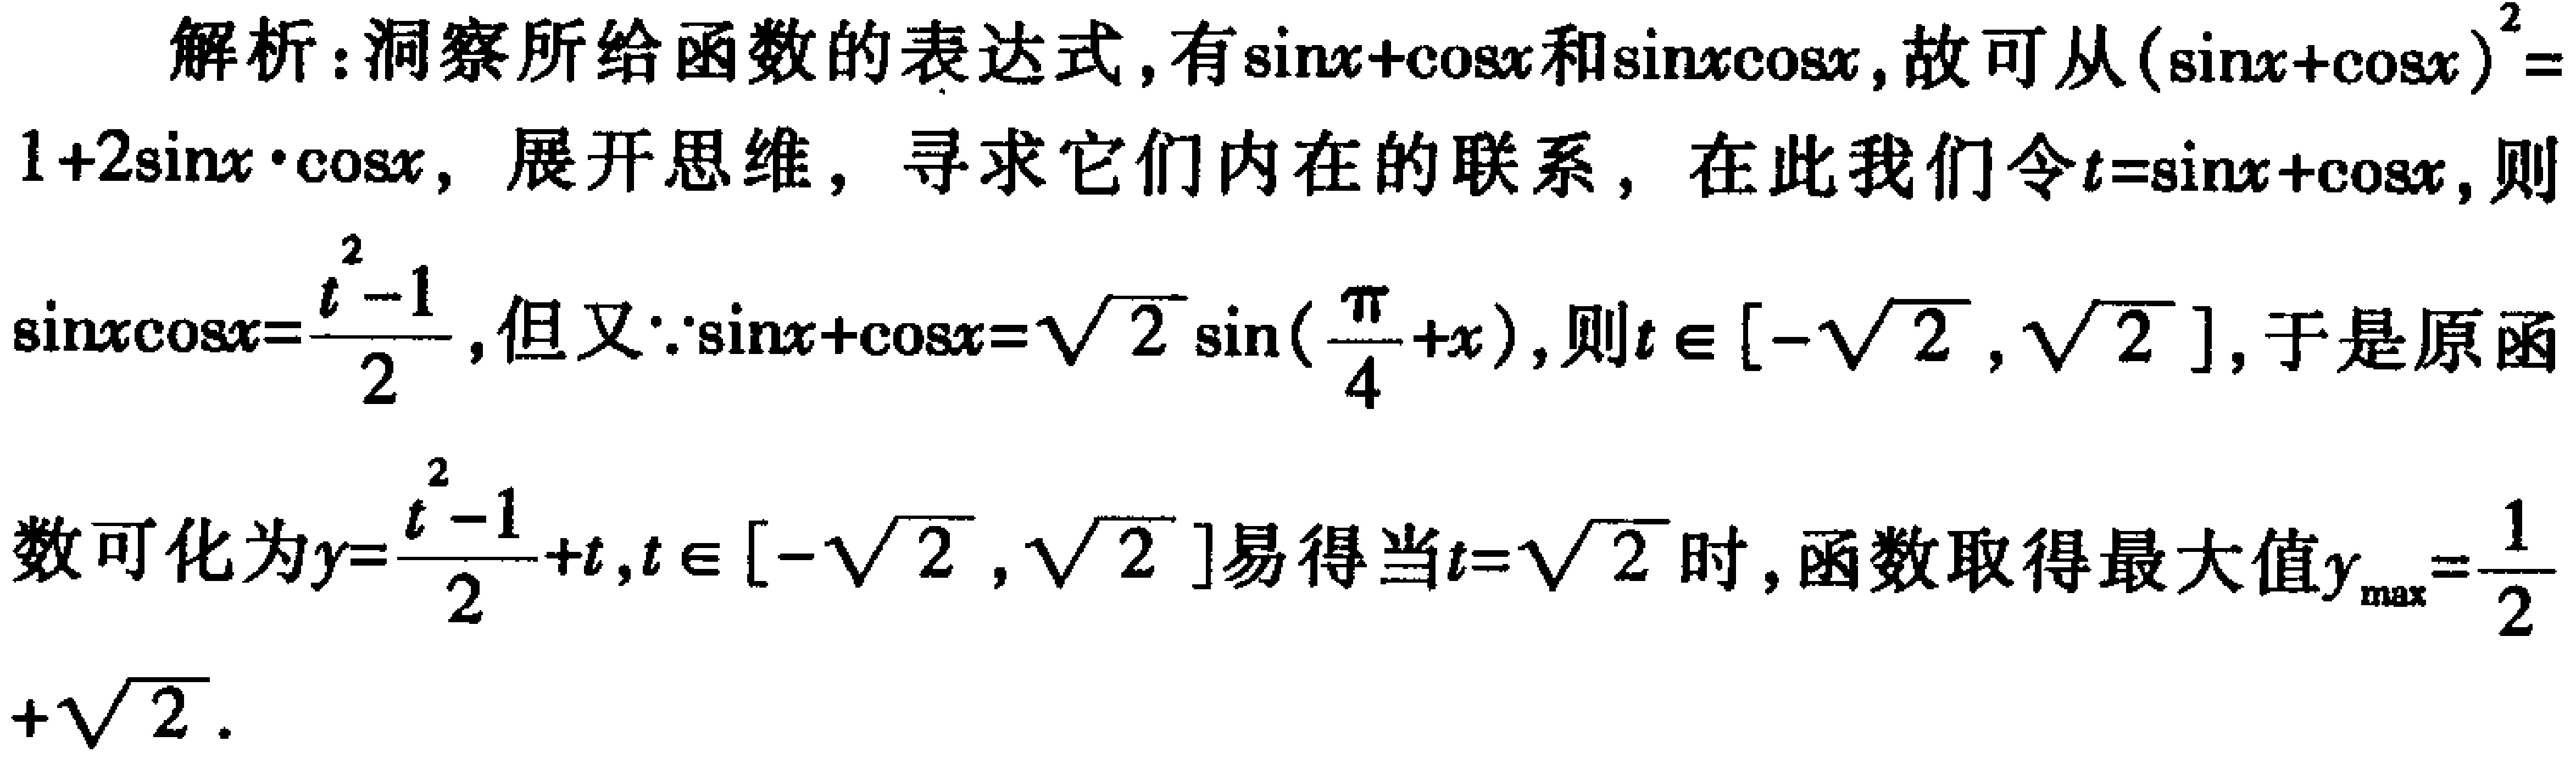
解析：洞察所给函数的表达式，有\(\sin x+\cos x\)和\(\sin x\cos x\)，故可从\((\sin x+\cos x)^{2}=1 + 2\sin x\cdot\cos x\)，展开思维，寻求它们内在的联系，在此我们令\(t = \sin x+\cos x\)，则\(\sin x\cos x=\frac{t^{2}-1}{2}\)，但又\(\because\sin x+\cos x=\sqrt{2}\sin(\frac{\pi}{4}+x)\)，则\(t\in[-\sqrt{2},\sqrt{2}]\)，于是原函数可化为\(y=\frac{t^{2}-1}{2}+t,t\in[-\sqrt{2},\sqrt{2}]\)易得当\(t = \sqrt{2}\)时，函数取得最大值\(y_{\max}=\frac{1}{2}+\sqrt{2}\)。